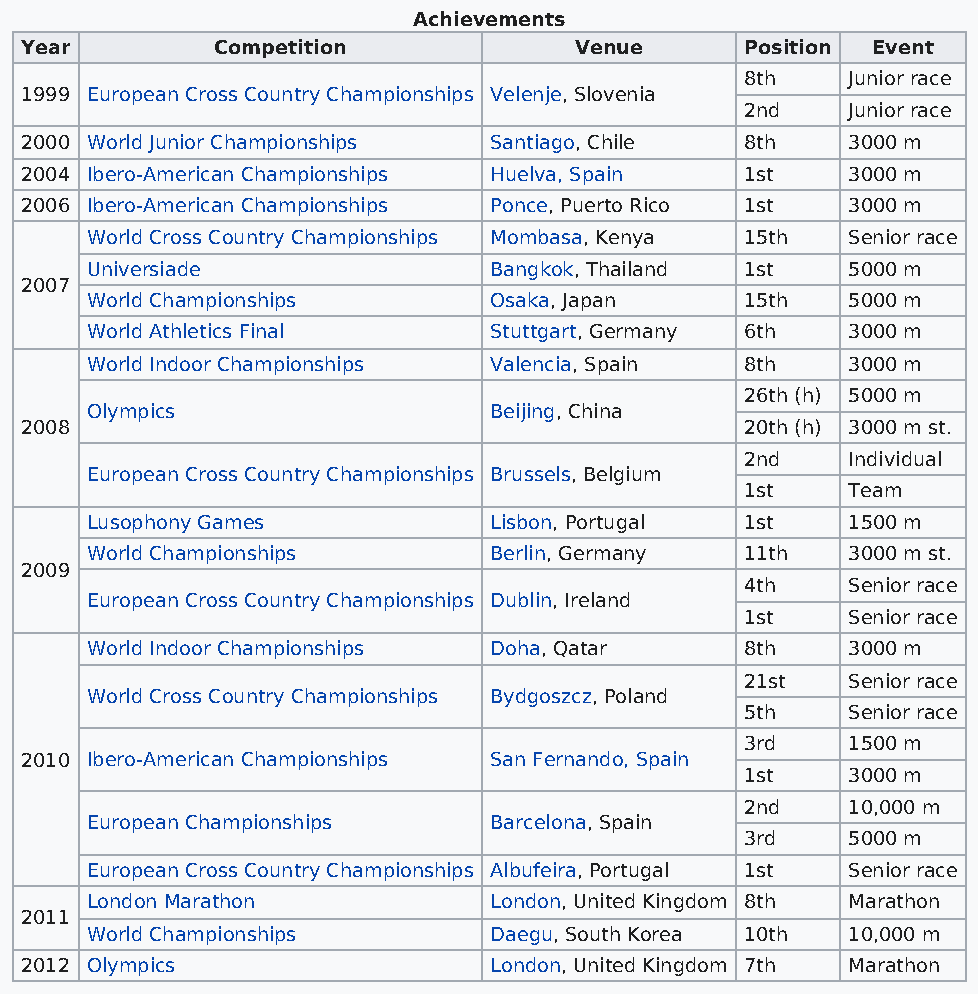
Achievements
 Year         Competition             Venue      Position Event
 8th    Junior race
 1999 European Cross Country Championships Velenje, Slovenia
 2nd    Junior race
 2000 World Junior Championships Santiago, Chile 8th    3000 m
 2004 Ibero-American Championships Huelva, Spain 1st    3000 m
 2006 Ibero-American Championships Ponce, Puerto Rico 1st 3000 m
 World Cross Country Championships Mombasa, Kenya 15th Senior race
 Universiade               Bangkok, Thailand 1st   5000 m
 2007
 World Championships       Osaka, Japan     15th   5000 m
 World Athletics Final     Stuttgart, Germany 6th  3000 m
 World Indoor Championships Valencia, Spain 8th    3000 m
 26th (h) 5000 m
 Olympics                  Beijing, China
 2008                                            20th (h) 3000 m st.
 2nd    Individual
 European Cross Country Championships Brussels, Belgium
 1st    Team
 Lusophony Games           Lisbon, Portugal 1st    1500 m
 World Championships       Berlin, Germany  11th   3000 m st.
 2009
 4th    Senior race
 European Cross Country Championships Dublin, Ireland
 1st    Senior race
 World Indoor Championships Doha, Qatar     8th    3000 m
 21st   Senior race
 World Cross Country Championships Bydgoszcz, Poland
 5th    Senior race
 3rd    1500 m
 2010 Ibero-American Championships San Fernando, Spain
 1st    3000 m
 2nd    10,000 m
 European Championships    Barcelona, Spain
 3rd    5000 m
 European Cross Country Championships Albufeira, Portugal 1st Senior race
 London Marathon           London, United Kingdom 8th Marathon
 2011
 World Championships       Daegu, South Korea 10th 10,000 m
 2012 Olympics                  London, United Kingdom 7th Marathon